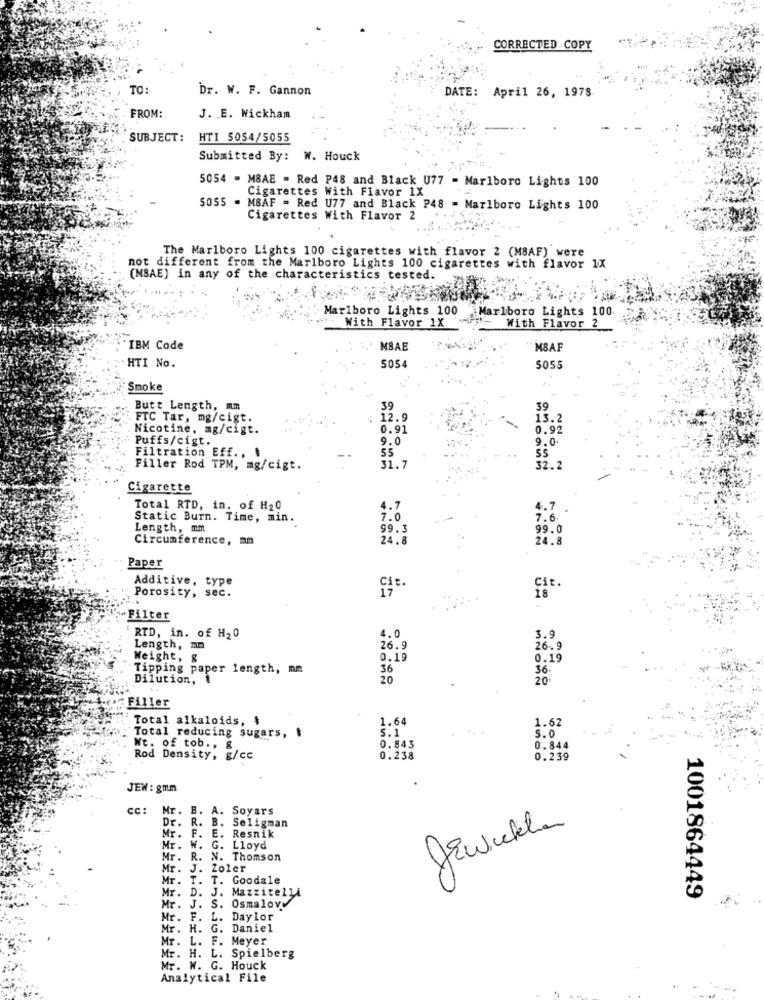
CORRECTED COPY
TO:
Dr. W. F. Gannon
DATE: April 26, 1978
FROM:
J. E. Wickham
SUBJECT:
HTI 5054/5055
Submitted By: W. Houck
5054 - MBAE = Red P48 and Black U77 = Marlboro Lights 100
Cigarettes With Flavor 1X
MBAF = Red U77 and Black P48 = Marlboro Lights 100
Cigarettes With Flavor 2
The Marlboro Lights 100 cigarettes with flavor 2 (MSAF) were
not different from the Marlboro Lights 100 cigarettes with flavor IX
(MBAE) in any of the characteristics tested.
Marlboro Lights 100
With Flavor 1X
Marlboro Lights 100
With Flavor 2
IBM Code
MBAE
MSAF
HTI No.
5054
5055
Smoke
Butt_Length, mm
39
39
FTC Tar, mg/cigt.
: 12.9
13.2
Nicotine, mg/cigt.
0.91
0.92
Puffs/cigt.
9.0
9.0
Filtration Eff .. .
SS
Filler Rod TPM, mg/cigt.
31.7
32.2
Cigarette
Total RTD, in. of H20
4.7
4.7
Static Burn. Time, min.
7.0
7.6
Length, mm
99.3
99.0
Circumference, mm
24.8
24.8
Paper
Additive, type
Cit.
Porosity, sec.
18
- Filter
4.0
RTD, in. of H20
3.9
Length, mm
26.9
26.9
Weight, &
0.19
0.19
Tipping paper length, mm
36
36.
Dilution, 1
20
20
Filler
Total alkaloids, $
1.64
1.62
Total reducing sugars, $
5.1
5.0
Wt. of tob ., &
0.843
0.844
Rod Density, g/cc
0.238
0.239
JEW : gmm
cc:
Mr.
B. A. Soyars
Dr. R. B. Seligman
Jewinkler
Mr.
F. E. Resnik
Mr. W. G. Lloyd
Mr. R. N. Thomson
Mr.
Zoler
Mr.
T. T. Goodale
Mr. D. J. Mazzitelli
1001864449
Mr. J. S. Osmalowy
Mr. F. L. Daylor
Mr. H. G. Daniel
Mr. L. F. Meyer
Mr. H. L. Spielberg
Mr. W. G. Houck
Analytical File